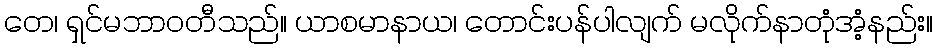
တေ၊ ရှင်မဘာဝတီသည်။ ယာစမာနာယ၊ တောင်းပန်ပါလျက် မလိုက်နာတုံအံ့နည်း။